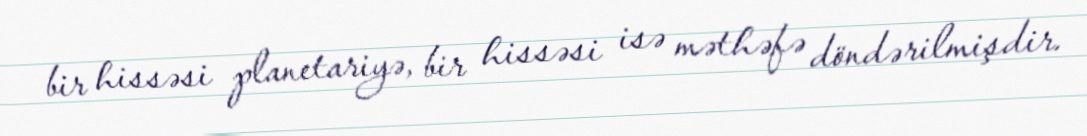
bir hissəsi planetariyə, bir hissəsi isə məthəfə döndərilmişdir.